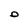
Character: O